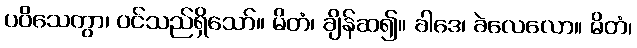
ပဝိသေတွာ၊ ဝင်သည်ရှိသော်။ မိတံ၊ ချိန်ဆ၍။ ခါဒေ၊ ခဲလေလော။ မိတံ၊